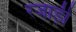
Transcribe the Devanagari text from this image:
रजाड़ी